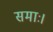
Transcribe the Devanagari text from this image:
समाः।